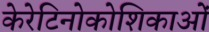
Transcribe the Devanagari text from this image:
केरेटिनोकोशिकाओं